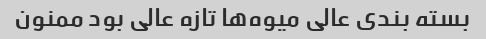
بسته بندی عالی میوه‌ها تازه عالی بود ممنون